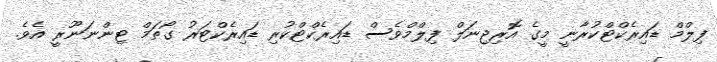
ފިލްމް ޑައިރެކްޓްކުރާނީ މީގެ އޮރިޖިނަލް ފިލްމްވެސް ޑައިރެކްޓްކުރި ޑައިރެކްޓަރު ގޯތަމް ޓިންނަނޫރީ އެވެ.